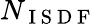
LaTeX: N_{\mathrm{~I~S~D~F~}}